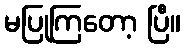
မပြုကြတော့ ပြီ။